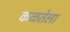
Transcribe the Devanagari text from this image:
कळतेला